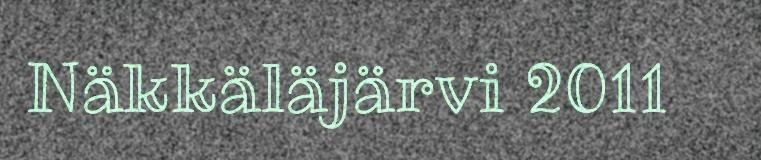
Näkkäläjärvi 2011